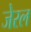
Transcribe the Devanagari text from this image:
जेरल